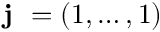
{ \textbf { j } } = ( 1 , \dots , 1 )